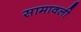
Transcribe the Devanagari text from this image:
सामावली